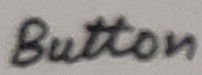
Text: Button